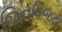
જિનવિજય